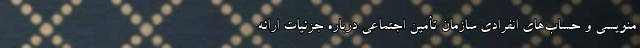
منویسی و حساب‌های انفرادی سازمان تأمین اجتماعی درباره جزئیات ارائه